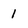
Character: 1